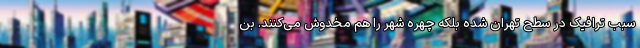
سبب ترافیک در سطح تهران شده بلکه چهره شهر را هم مخدوش می‌کنند. بن